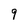
Character: 9